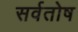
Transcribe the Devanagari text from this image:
सर्वतोष